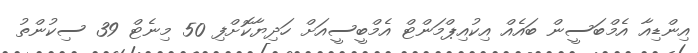
އިންޑިއާ އެމްބަސީން ބައެއް އިކުއިޕްމަންޓް އެމްބީސީއަށް ހަދިޔާކޮށްފި 50 މިނެޓް 39 ސިކުންތު